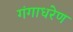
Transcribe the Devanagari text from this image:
गंगाधरेण